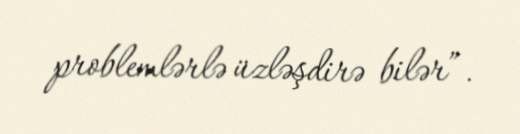
problemlərlə üzləşdirə bilər”.